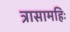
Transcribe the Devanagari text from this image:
त्रासामहिः